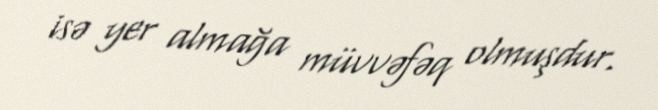
isə yer almağa müvvəfəq olmuşdur.